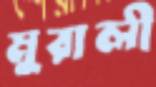
মুরালী